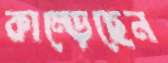
কাম্‌ড়েছেন